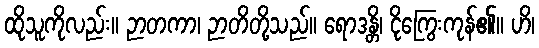
ထိုသူကိုလည်း။ ဉာတကာ၊ ဉာတိတို့သည်။ ရောဒန္တိ၊ ငိုကြွေးကုန်၏။ ဟိ၊